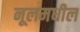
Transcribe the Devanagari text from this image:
नूलमधील